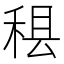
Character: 𮵢